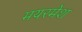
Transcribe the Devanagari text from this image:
मयरमेश